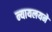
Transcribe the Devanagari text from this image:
न्यायलयने